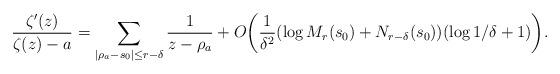
LaTeX: \begin{align*} \frac{\zeta'(z)}{\zeta(z)-a}=\sum_{|\rho_a-s_0| \leq r-\delta}\frac{1}{z-\rho_a}+O\bigg(\frac{1}{\delta^2}(\log M_{r}(s_0)+N_{r-\delta}(s_0))(\log 1/\delta+1) \bigg).\end{align*}